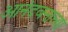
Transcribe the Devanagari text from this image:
आनंदवनाच्या